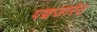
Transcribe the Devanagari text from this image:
पञ्चजारेय